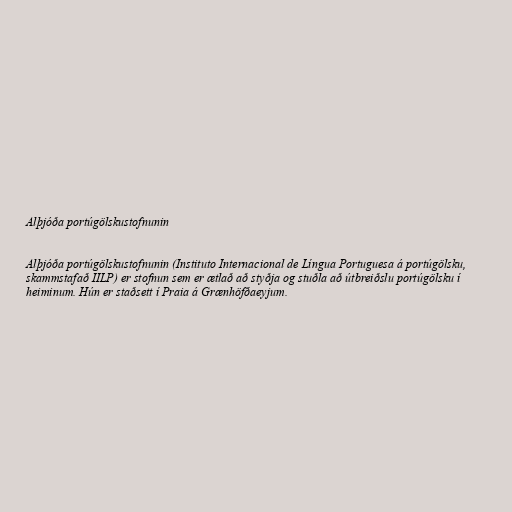
Alþjóða portúgölskustofnunin

Alþjóða portúgölskustofnunin (Instituto Internacional de Língua Portuguesa á portúgölsku,
skammstafað IILP) er stofnun sem er ætlað að styðja og stuðla að útbreiðslu portúgölsku í
heiminum. Hún er staðsett í Praia á Grænhöfðaeyjum.